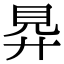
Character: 𧠋